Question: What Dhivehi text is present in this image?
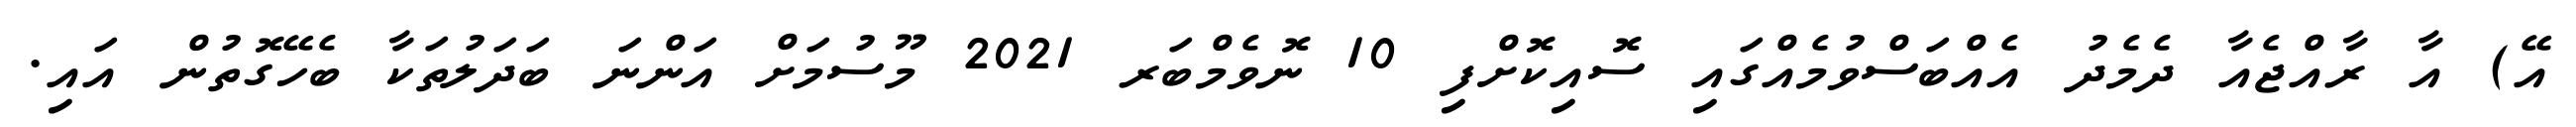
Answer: އޭ) އާ ރާއްޖެއާ ދެމެދު އެއްބަސްވުމެއްގައި ސޮއިކޮށްފި 10 ނޮވެމްބަރ 2021 މޫސުމަށް އަންނަ ބަދަލުތަކާ ބެހޭގޮތުން އައި.